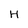
Character: H